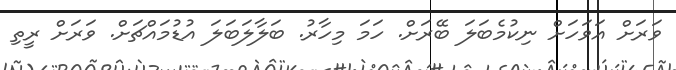
ވަރަށް އަވަހަށް ނިކުމެބަލަ ބޭރަށް. ހަމަ މިހާރު. ބަލާލަބަލަ އުޑުމައްޗަށް. ވަރަށް ރީތި